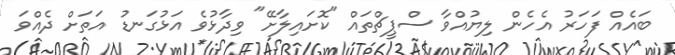
ބައެއް ފަހަރު އެހެން ލިޔުއްވާ ސްޕީޗްތައް "ކޮށައިލާށޭ" ވިދާޅުވެ އަޅުގަނޑު އަތަށް ދެއްވަ